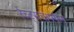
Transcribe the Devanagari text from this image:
रेच्ट्सचाफ्फेन